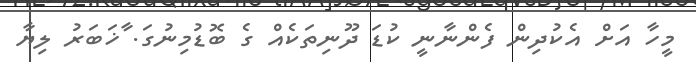
މީހާ އަށް އެކުދިން ފެންނާނީ ކުޑަ ދޫނިތަކެއް ގެ ބޮޑުމިނުގަ. ާޚަބަރު ލިޔާ